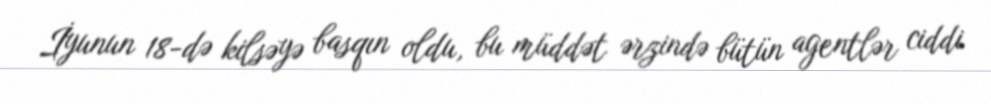
İyunun 18-də kilsəyə basqın oldu, bu müddət ərzində bütün agentlər ciddi